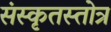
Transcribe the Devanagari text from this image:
संस्कृतस्तोत्र